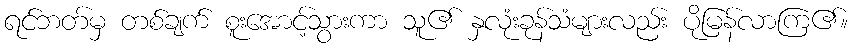
ရင်ဘတ်မှ တစ်ချက် စူးအောင့်သွားကာ သူ၏ နှလုံးခုန်သံများလည်း ပိုမြန်လာကြ၏။